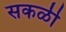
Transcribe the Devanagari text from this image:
सकळी